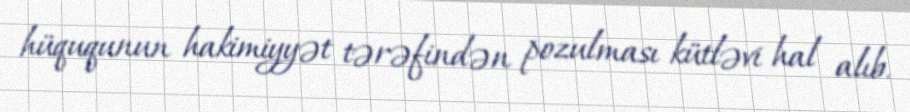
hüququnun hakimiyyət tərəfindən pozulması kütləvi hal alıb.